system: You are a helpful assistant.
user:
Analyze the provided spectrum to determine if it is a **"Cataclysmic Variables (CV)"**.

- **Key Indicators for CV (Check for either state):**
    - **State 1: Quiescent / Low-State (Emission-Dominated)**
        - **(Primary):** Strong and *very broad* Hydrogen Balmer emission lines (e.g., $H\alpha$ at 6563 Å, $H\beta$ at 4861 Å). The 'broadness' (high velocity dispersion, often FWHM > 1000 km/s) is the key diagnostic, indicating a high-velocity accretion disk.
        - **(Secondary):** Broad neutral Helium (He I) emission lines (e.g., 5876 Å, 6678 Å).
        - **(Key Confirmation):** Presence of high-excitation *ionized* Helium (He II) emission at 4686 Å. This is a strong indicator of accretion onto a white dwarf.
        - **(Line Profile):** Emission lines may exhibit a 'double-peaked' profile, which is a classic signature of a rotating accretion disk viewed at high inclination.

    - **State 2: Outburst / High-State (Absorption-Dominated)**
        - **(Primary):** Spectrum is dominated by a bright, blue continuum (looks like a hot star).
        - **(Secondary):** The emission lines from State 1 are weak, absent, or 'filled in', and are replaced by broad, shallow *absorption* lines (primarily Balmer and He I).
        - **(Morphology):** The overall spectrum mimics a hot B/A-type star. The crucial difference is that the absorption lines are significantly broader, shallower, and more 'washed-out' (or 'smeared') than the sharp lines of a normal stellar photosphere, due to high rotational speeds and pressure broadening in the disk.

Think first, call **spectral_visualization_tool** if needed to examine features in detail, then provide your final answer. Your response must adhere to the following strict rules:
1.  **Overall Structure:** Your response must follow the format `<think>...</think> <tool_call>...</tool_call> (if a tool is used) <answer>...</answer>`.
2.  **Tool Usage Constraint:** You may only make **one** tool call per turn.
3.  **Final Answer Format:** In the `<answer>` tag, your conclusion must be inside a `\boxed{}` command (e.g., `\boxed{YES}`), followed by your justification.

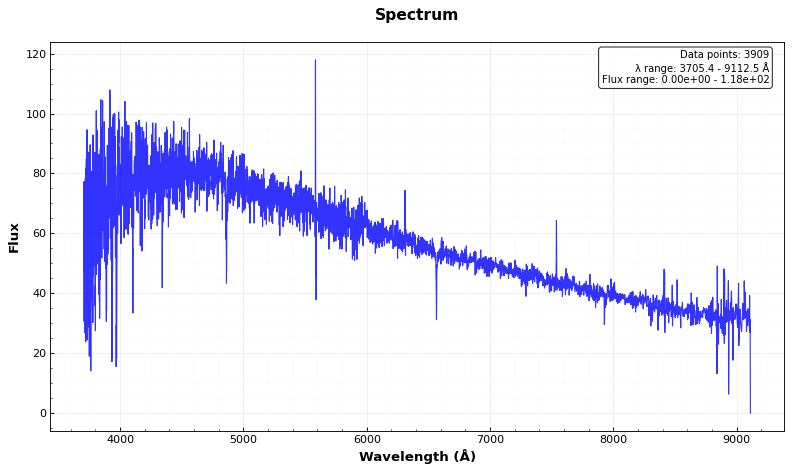
Answer: NO